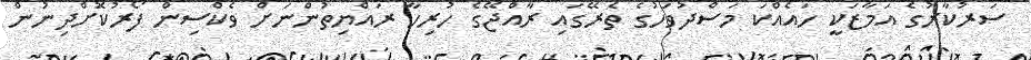
ސަރުކާރުގެ އަމާޒަކީ ހައެއްކަ މަސްދުވަހުގެ ތެރޭގައި ރާއްޖޭގެ ހުރިހާ ރައްޔިތުންނަށް ވެކްސިން ފޯރުކޮށްދިނުން